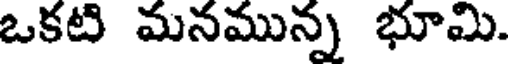
ఒకటి మనమున్న భూమి.